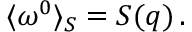
\langle \omega ^ { 0 } \rangle _ { S } = S ( \boldsymbol { q } ) \, .